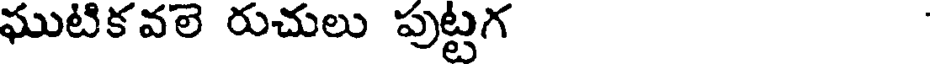
ఘుటికవలె రుచులు పుట్టగ